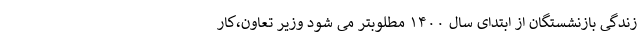
زندگی بازنشستگان از ابتدای سال ۱۴۰۰ مطلوبتر می شود وزیر تعاون،کار